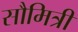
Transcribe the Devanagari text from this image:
सौमित्री